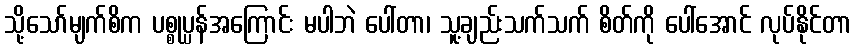
သို့သော်မျက်စိက ပစ္စုပ္ပန်အကြောင်း မပါဘဲ ပေါ်တာ၊ သူ့ချည်းသက်သက် စိတ်ကို ပေါ်အောင် လုပ်နိုင်တာ